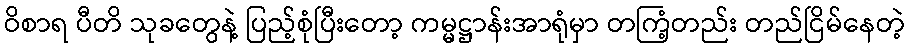
ဝိစာရ ပီတိ သုခတွေနဲ့ ပြည့်စုံပြီးတော့ ကမ္မဋ္ဌာန်းအာရုံမှာ တကြံ့တည်း တည်ငြိမ်နေတဲ့